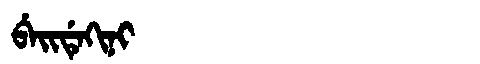
Manchu: ᠪᡝᡳᡩᡝᡴᡳᠨᡳ
Romanization: BEIDEKINI